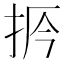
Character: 𢫲